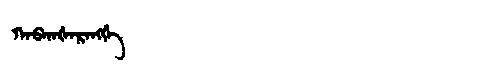
Manchu: ᡴᠠᠪᡴᠠᡧᠠᡵᠠᠩᡤᡝ
Romanization: KABKAŠARANGGE